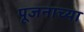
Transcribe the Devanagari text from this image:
पूजनाच्या